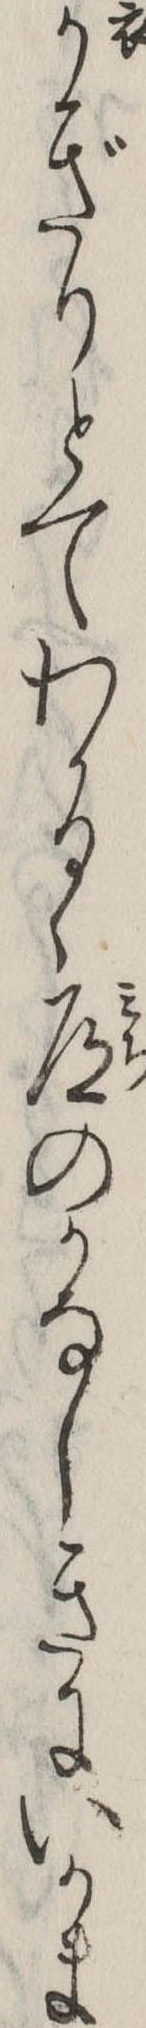
かぎりとてわかるゝ道のかなしきにいかま